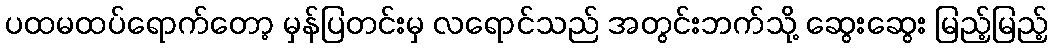
ပထမထပ်ရောက်တော့ မှန်ပြတင်းမှ လရောင်သည် အတွင်းဘက်သို့ ဆွေးဆွေး မြည့်မြည့်